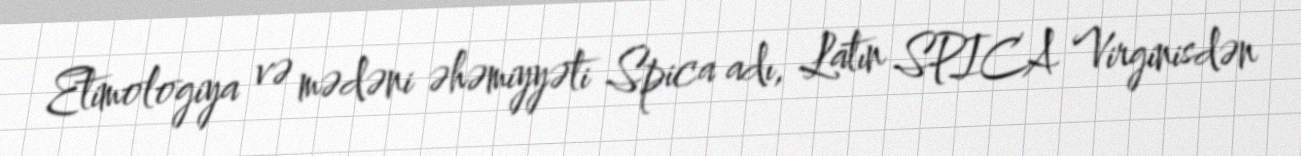
Etimologiya və mədəni əhəmiyyəti Spica adı, Latın SPICA Virginisdən